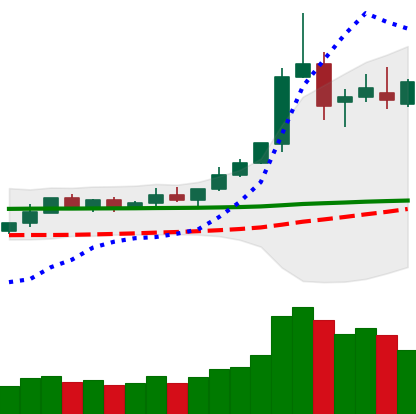
Ticker: DOGE-USD
Chart end date: 2020-02-14
Forward return: -16.166%
Label: down_7plus